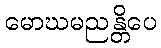
မောဃမညန္တိပေ